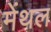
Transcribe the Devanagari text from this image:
मेंथल